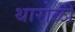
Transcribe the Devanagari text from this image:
थारोळी